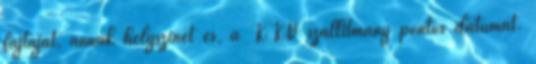
fajtáját, annak helyszínét és, a KKV szállítmány pontos dátumát.